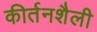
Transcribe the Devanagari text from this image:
कीर्तनशैली